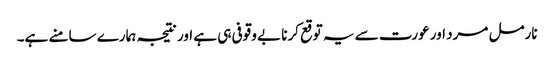
نارمل مرد اور عورت سے یہ توقع کرنا بے وقوفی ہی ہے اور نتیجہ ہمارے سامنے ہے۔